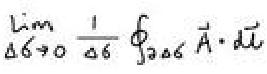
\(\lim_{\Delta 6 \to 0} \frac{1}{\Delta 6} \oint_{\partial \Delta 6} \vec{A} \cdot d\vec{l}\)